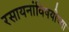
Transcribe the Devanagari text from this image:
रसायनांविषयीच्या